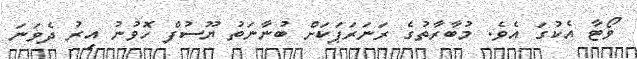
ވޯޓާ އެކުގަ އެވެ. މުބާރާތުގެ ރަނަރަޕަކަށް ބުނާނަތު ޔޫސުފް ހޮވުނު އިރު ދެވަނަ